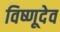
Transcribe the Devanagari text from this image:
विष्णूदेव